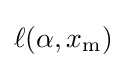
\ell (\alpha ,x_{\mathrm {m} })